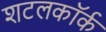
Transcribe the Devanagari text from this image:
शटलकॉर्क